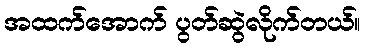
အထက်အောက် ပွတ်ဆွဲလိုက်တယ်။